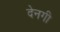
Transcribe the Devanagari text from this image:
देनगी